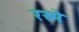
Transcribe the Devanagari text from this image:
रस्मे